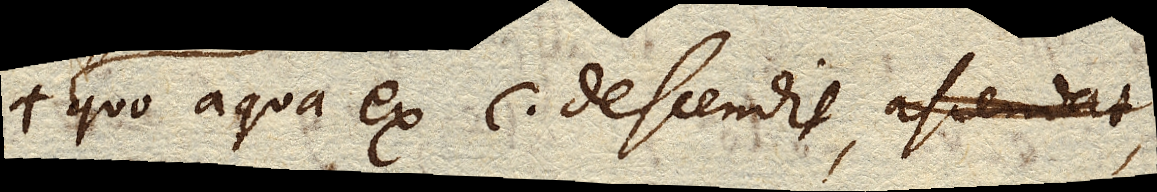
quo aqua ex C. descendit,